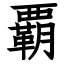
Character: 覇